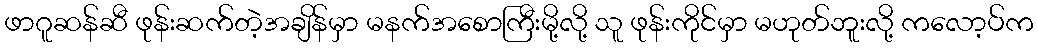
ဖာဂူဆန်ဆီ ဖုန်းဆက်တဲ့အချိန်မှာ မနက်အစောကြီးမို့လို့ သူ ဖုန်းကိုင်မှာ မဟုတ်ဘူးလို့ ကလော့ပ်က